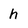
Character: h